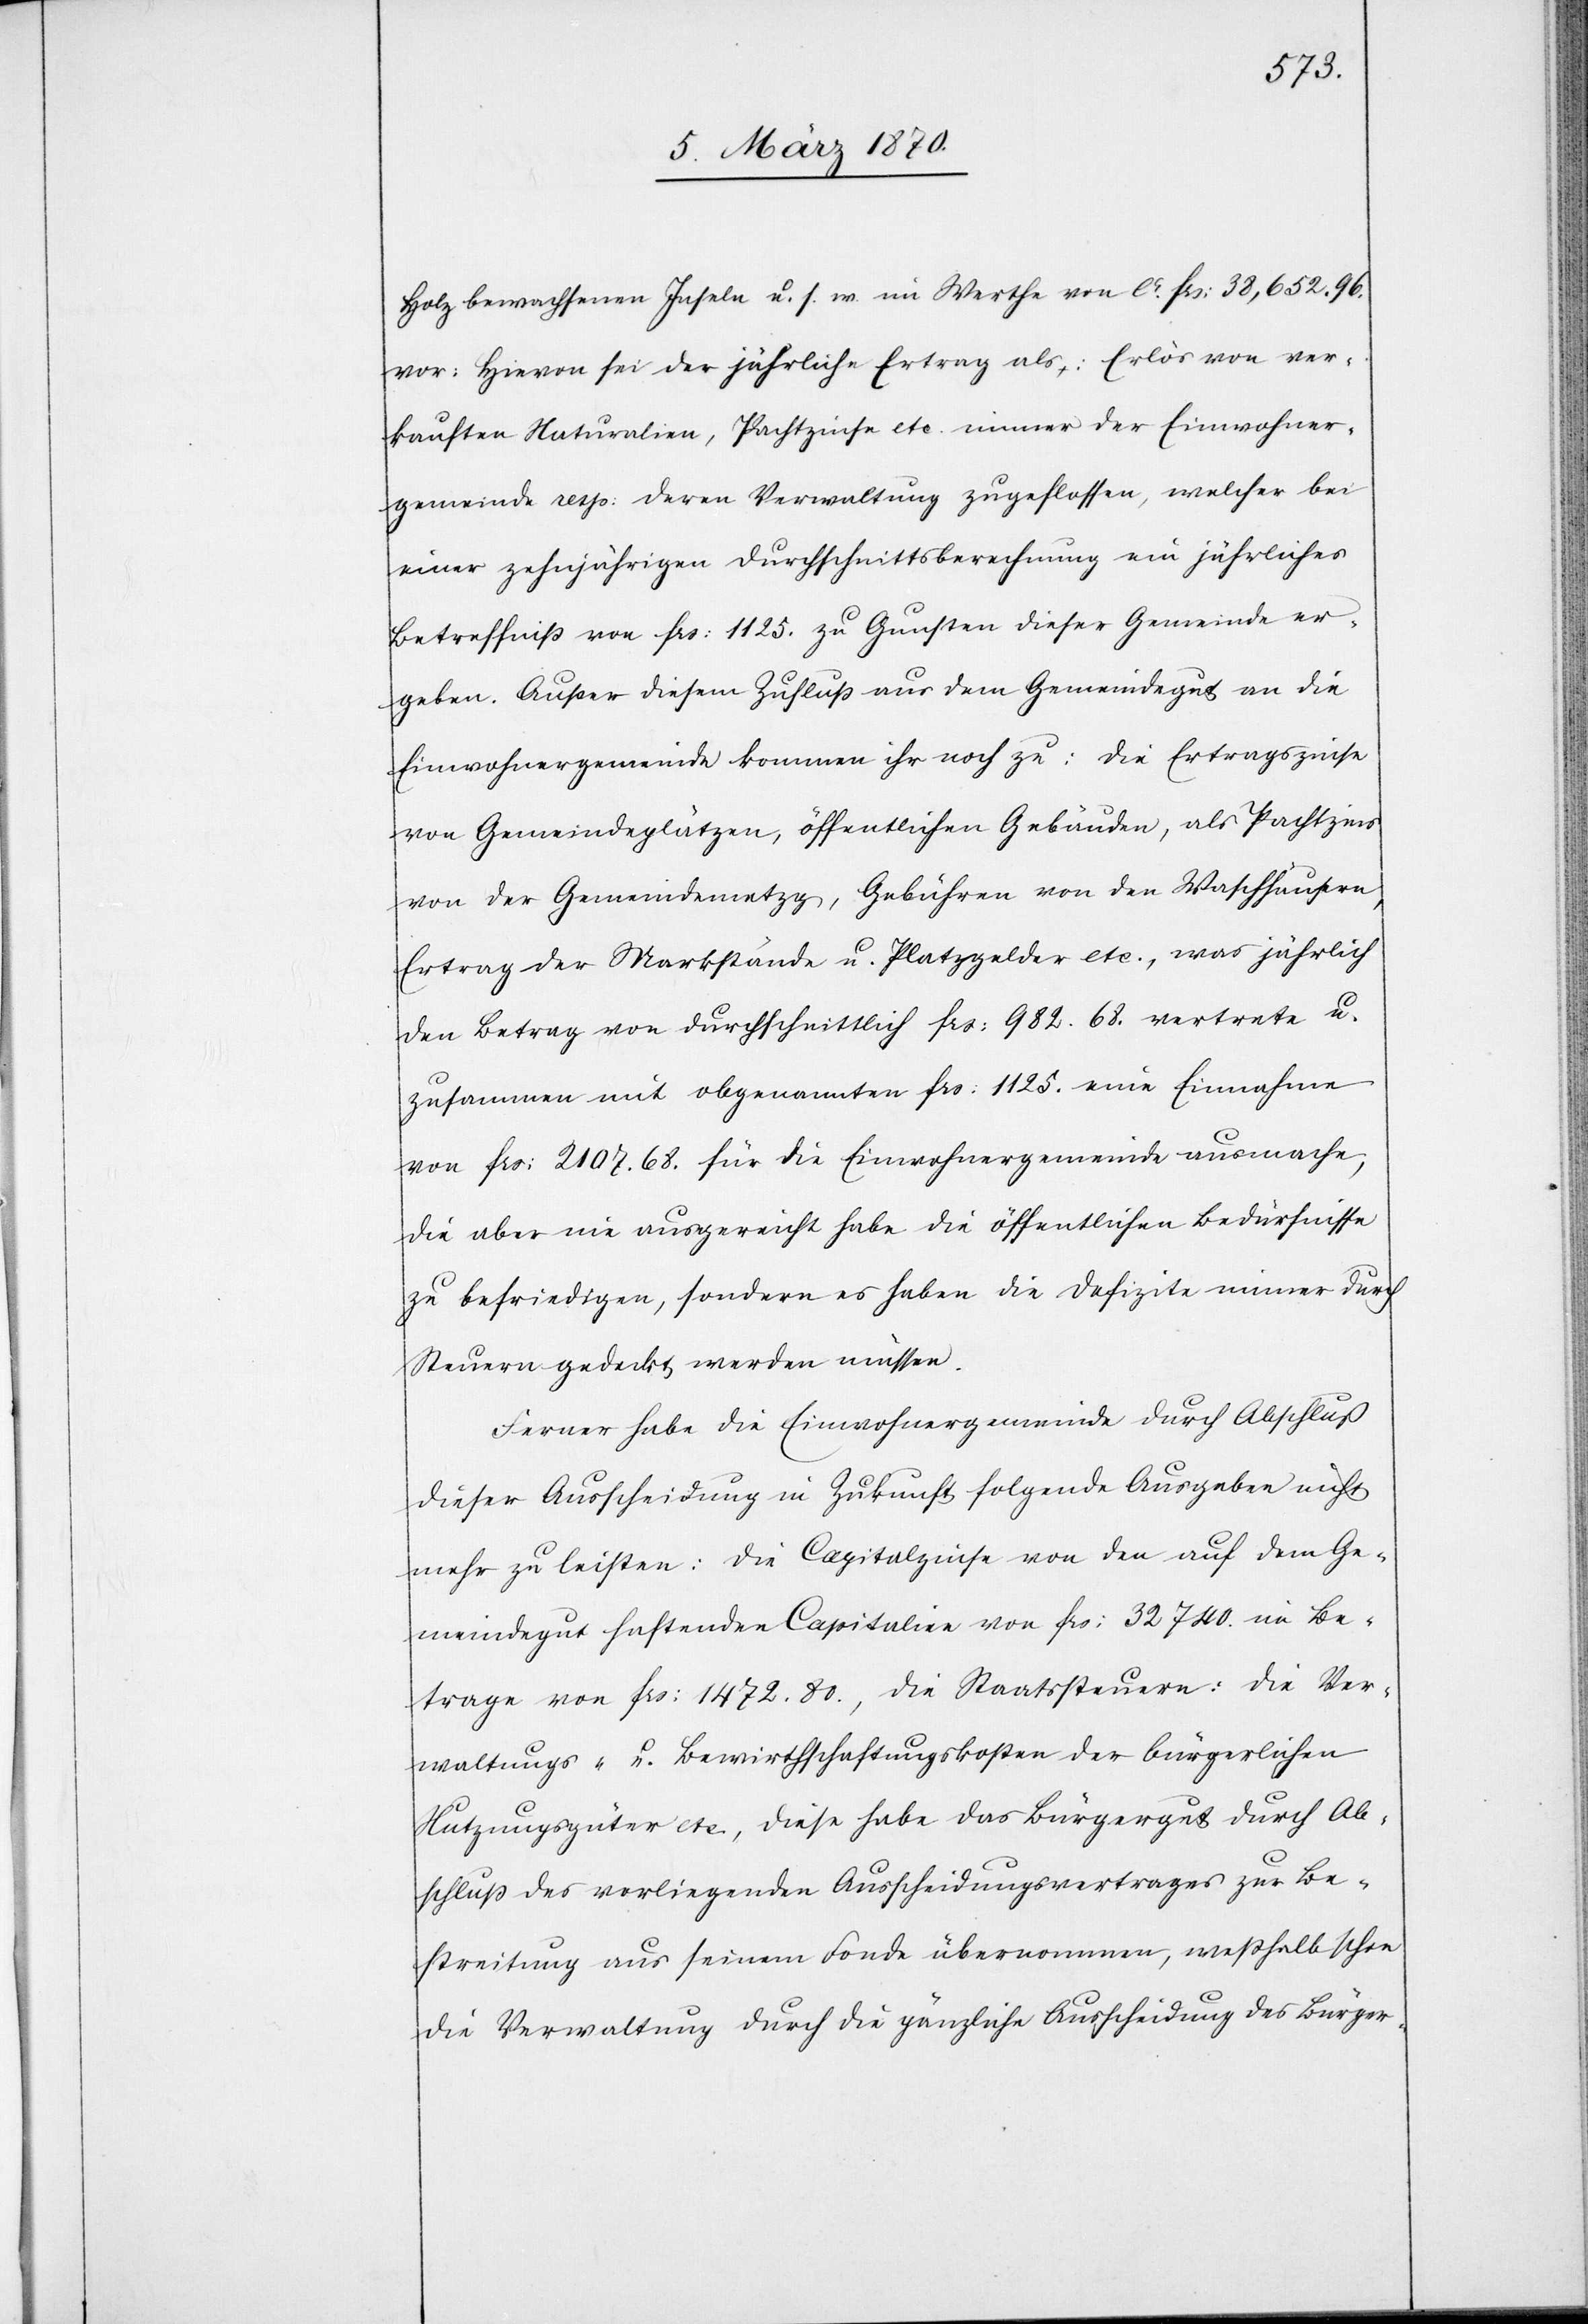
Holz bewachsenen Inseln u. s. w. im Werthe von ca. frs: 38,652.96.
vor: Hievon sei der jährliche Ertrag als Erlös von ver¬
kauften Naturalien, Pachtzinse etc. immer der Einwohner¬
gemeinde resp: deren Verwaltung zugeflossen, welcher bei
einer zehnjährigen Durchschnittsberechnung ein jährliches
Betreffniß von frs: 1125. zu Gunsten dieser Gemeinde er¬
geben. Außer diesem Zufluß aus dem Gemeindegut an die
Einwohnergemeinde kommen ihr noch zu: Die Ertragszinse
von Gemeindeplätzen, öffentlichen Gebäuden, als Pachtzins
von der Gemeindemetzg, Gebühren von den Waschhäusern,
Ertrag der Marktstände u. Platzgelder etc., was jährlich
den Betrag von durchschnittlich frs: 982.68. vertrete u.
zusammen mit obgenannten frs: 1125. eine Einnahme
von frs: 2107.68. für die Einwohnergemeinde ausmacht,
die aber nie ausgereicht habe die öffentlichen Bedürfnisse
zu befriedigen, sondern es haben die Defizite immer durch
Steuern gedeckt werden müssen.
Ferner habe die Einwohnergemeinde durch Abschluß
dieser Ausscheidung in Zukunft folgende Ausgaben nicht
mehr zu leisten: Die Capitalzinse von den auf dem Ge¬
meindegut haftenden Capitalien von frs: 32 740. im Be¬
trage von frs: 1472.80., die Staatssteuern, die Ver¬
waltungs- u. Bewirthschaftungskosten der bürgerlichen
Nutzungsgüter etc., diese habe das Bürgergut durch Ab¬
schluß des vorliegenden Ausscheidungsvertrages zur Be¬
streitung aus seinem Fonde übernommen, weßhalb schon
die Verwaltung durch die gänzliche Ausscheidung des Bürger-